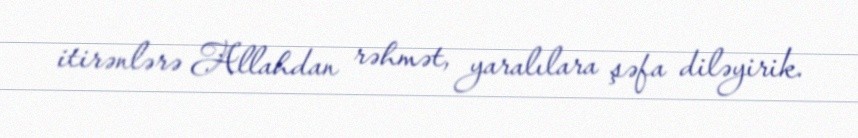
itirənlərə Allahdan rəhmət, yaralılara şəfa diləyirik.